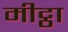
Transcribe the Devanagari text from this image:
मीट्ठा